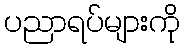
ပညာရပ်များကို